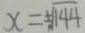
x = \pm \sqrt { 1 4 4 }